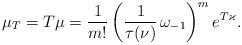
LaTeX: \begin{align*} \mu_T = T\mu = \frac{1}{m!}\left(\frac{1}{\tau(\nu)}\, \omega_{-1}\right)^m e^{T\varkappa}. \end{align*}